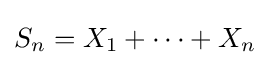
S_{n}=X_{1}+\cdots +X_{n}